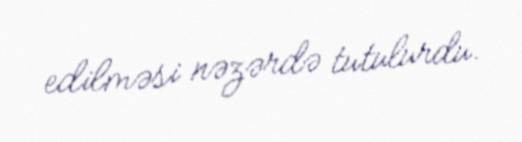
edilməsi nəzərdə tutulurdu.